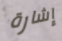
إشارة